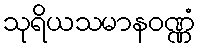
သုရိယသမာနဝဏ္ဏံ